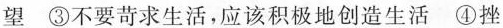
望 ③不要苛求生活，应该积极地创造生活 ④挫